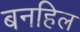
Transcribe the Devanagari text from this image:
बनहिल